Vital statistics of India. Vol. V, Reports of 1876 on armies & jails and on epidemic cholera
Year: 1876
Disease focus: Cholera
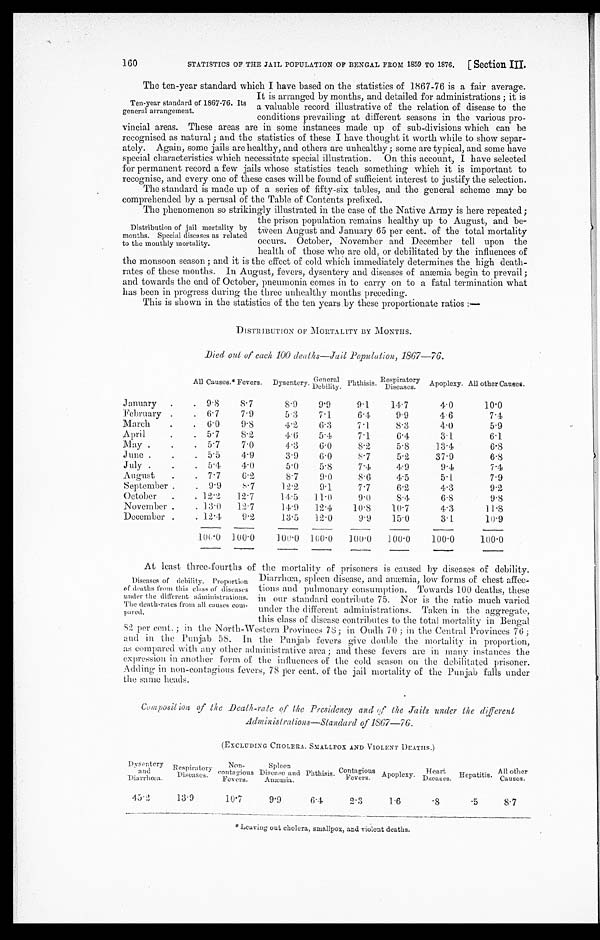
160 STATISTICS OF THE JAIL POPULATION OF BENGAL FROM 1859 TO 1876. [Section III.
The ten-year standard which I have based on the statistics of 1867-76 is a fair average.
It is arranged by months, and detailed for administrations; it is
a valuable record illustrative of the relation of disease to the
conditions prevailing at different seasons in the various pro
- v i n c i a l a r e a s . T h e s e a r e a s a r e i n s o m e i n s t a n c e s m a d e u p o f s u b - d i v i s i o n s w h i c h c a n b e
recognised as natural; and the statistics of these I have thought it worth while to show separ
-ately. Again, some jails are healthy, and others are unhealthy; some are typical, and some have
special characteristics which necessitate special illustration. On this account, I have selected
for permanent record a few jails whose statistics teach something which it is important to
recognise, and every one of these cases will be found of suf f icient interest to justify the selection.
The standard is made up of a series of fifty-six tables, and the general scheme may be comprehended by a perusal of the Table of Contents prefixed.
The phenomenon so strikingly illustrated in the case of the Native Army is here repeated;
the prison population remains healthy up to August, and be
- t w e e n A u g u s t a n d J a n u a r y 6 5 p e r c e n t . o f t h e t o t a l m o r t a l i t y
occurs. October, November and December tell upon the
health of those who are old, or debilitated by the influences of
the monsoon season; and it is the effect of cold which immediately determines the high death-
rates of these months. In August, fevers, dysentery and diseases of anæmia begin to prevail;
and towards the and of October, pneumonia comes in to carry on to a fatal termination what
has been in progress during the three unhealthy months preceding.
This is shown in the statistics of the ten years by these proportionate ratios:—
DISTRIBUTION OF MORTALITY BY MONTHS.
Died out of each 100 death—Jail Population, 1867—76.
All Causes.* Fevers. Dysentery.
G e n e r a l D e b i l i t y . Phthisis.
R e s p i r a t o r y D i s e a s e s . Apoplexy. All other Causes.
January
9.8
8.7
8.9
9. 9
9.1
14.7
4.0
10.0
February
6.7
7.9
5.3
7.1
6.4
9.9
4.6
7 . 4
March
6.0
9.8
4.2
6.3
7.l
8.3
4.0
5.9
April
5.7
8.2
4.6
5.4
7.1
6.4
3.1
6.1
May
5.7
7.0
4.3
6.0
8.2
5.8
13.4
6 . 8
June
5.5
4.9
3.9
6.0
8 . 7
5.2
37.9
6.8
July
5.4
4.0
5.0
5.8
7.4
4.9
9.4
7.4
August
7.7
6.2
8.7
9.0
8.6
4.5
5 . 1
7.9
September
9.9
8.7
12.2
9.1
7.7
6.2
4.3
9.2
October
12.2 12.7
14.5 11.0
9.0
8.4
6.8
9 . 8
November
13.0 12.7
14.9 12.4
10.8
10.7
4.3
1 1 . 8
December
12.4
9.2
13.5 12.0
9.9
15.0
3.1
10.9
100.0 100.0 100.0 100.0
1 0 0 . 0 100 . 0
100.0
100.0
At least three-fourths of the mortality of prisoners is caused by diseases of debility.
Diarrhœa, spleen disease, and anæmia, low forms of chest affec
-tions and pulmonary consumption. Towards 100 deaths, these
in our standard contribute 75. Nor is the ratio much varied
under the different administrations. Taken in the aggregate,
this class of disease contributes to the total mortality in Bengal
82 per cent.; in the North-Western Provinces 78; in Oudh 70; in the Central Provinces 76;
and in the Punjab 58. In the Punjab fevers give double the mortality in proportion,
as compared with any other administrative area; and these fevers are in many instances the
expression in another form of the influences of the cold season on the debilitated prisoner.
Adding in non-contagious fevers, 78 per cent. of the jail mortality of the Punjab falls under
the same heads.
Composition of the Death-rate of the Presidency and of the Jails under the different
Administrations—Standard of 1867—76.
( EXCLUDI NG CHOLERA. SMALLPOX AND VI OLENT DEATHS. )
Dysentery
and
Diarrhœa.
45.2
Respiratory
Diseases.
13.9
Non- c o n t a g i o u s
Fevers.
10.7
Spleen
Disease and
Anæmia.
9.9
Phthisis.
6.4
Contagious
Fevers.
2.3
Apoplexy.
1.6
Heart
Dseases. Hepatitis.
.5
A l l o t h e r C a u s e s .
8.7
*Leaving out cholera, smallpox, and violent deaths.
Ten-year standard of 1867-76. Its
general arrangement.
Distribution of jail mortality by
months. Special diseases as related
to the monthly mortality.
Diseases of debility. Proportion
of deaths from this class of diseases
under the different administrations.
The death-rates from all causes com-
p a r e d .